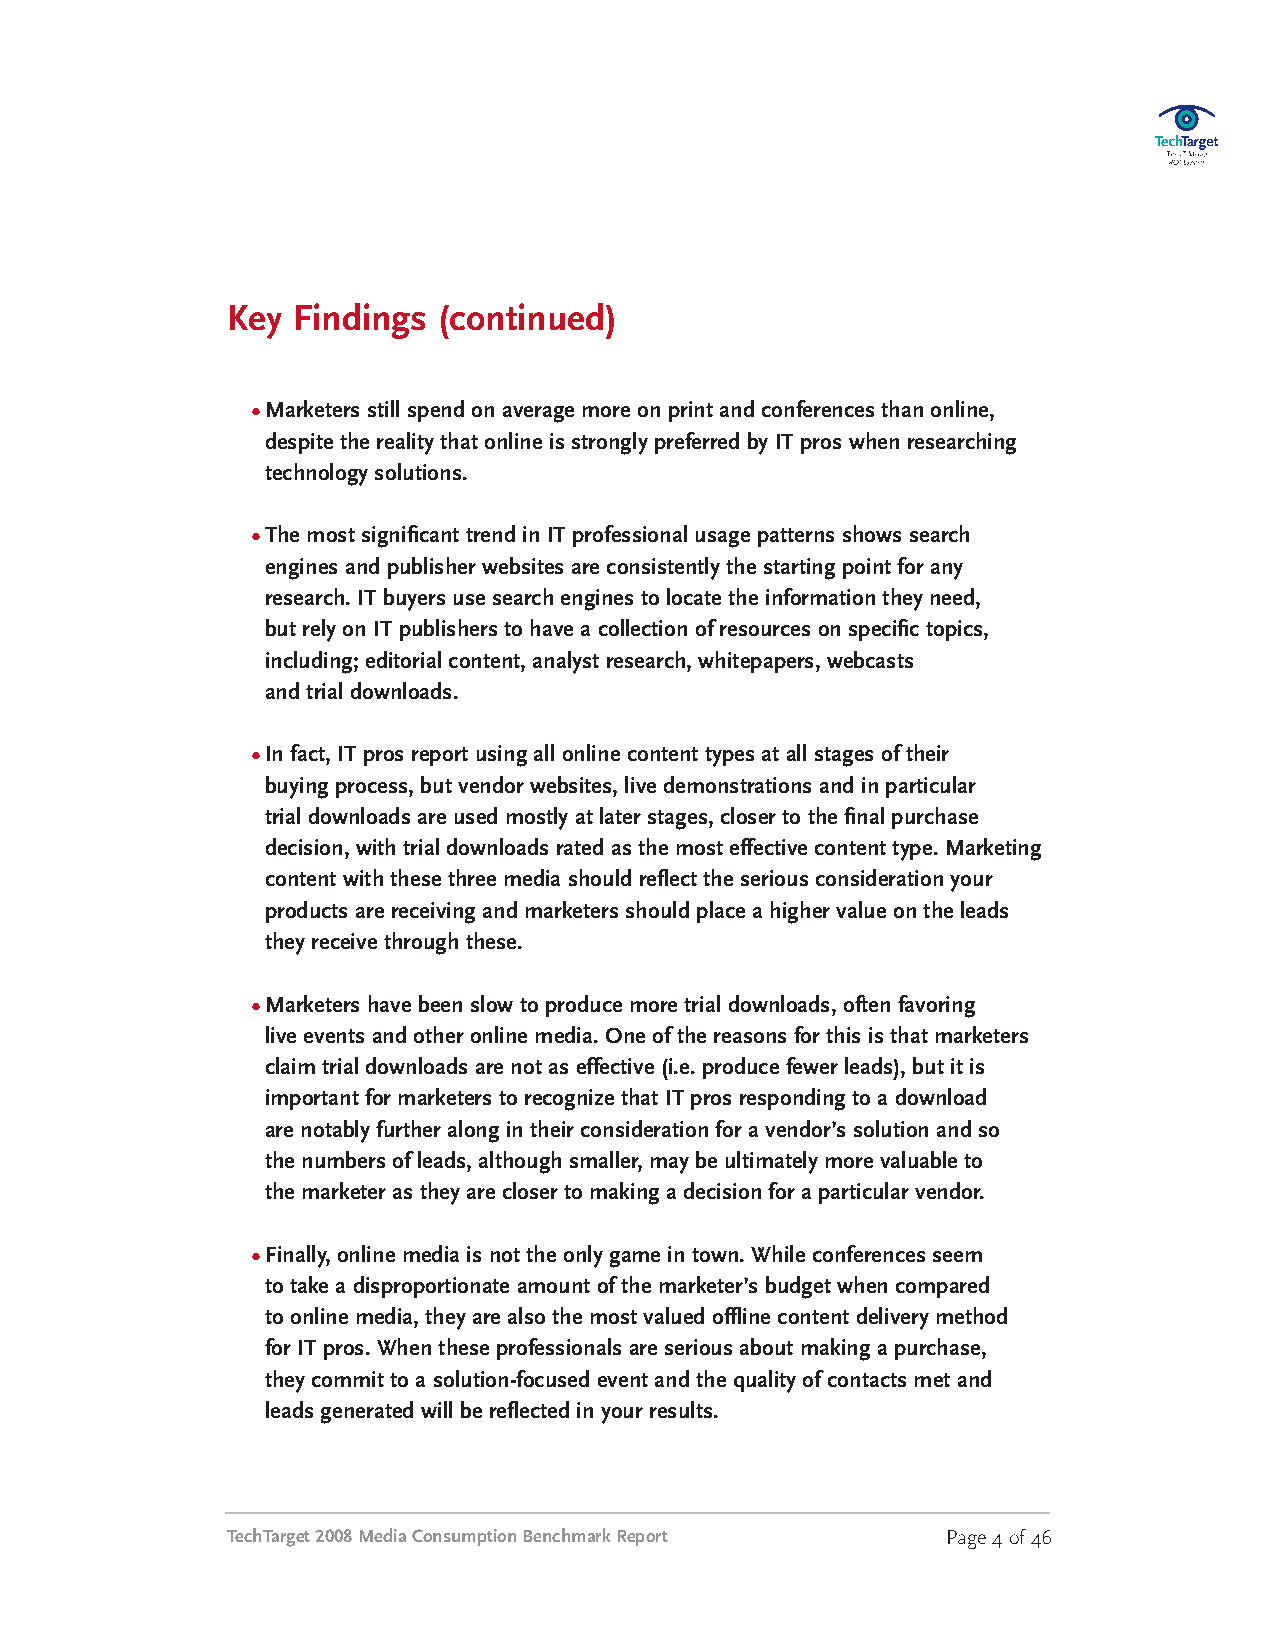
Key Findings  (continued)
 •Marketers still spend on average more on print and conferences than online,
 despite the reality that online is strongly preferred by IT pros when researching
 technology solutions.
 •The most significant trend in IT professional usage patterns shows search
 engines and publisher websites are consistently the starting point for any
 research. IT buyers use search engines to locate the information they need,
 but rely on IT publishers to have a collection of resources on specific topics,
 including; editorial content, analyst research, whitepapers, webcasts
 and trial downloads.
 •In fact, IT pros report using all online content types at all stages of their
 buying process, but vendor websites, live demonstrations and in particular
 trial downloads are used mostly at later stages, closer to the final purchase
 decision, with trial downloads rated as the most effective content type. Marketing
 content with these three media should reflect the serious consideration your
 products are receiving and marketers should place a higher value on the leads
 they receive through these.
 •Marketers have been slow to produce more trial downloads, often favoring
 live events and other online media. One of the reasons for this is that marketers
 claim trial downloads are not as effective (i.e. produce fewer leads), but it is
 important for marketers to recognize that IT pros responding to a download
 are notably further along in their consideration for a vendor’s solution and so
 the numbers of leads, although smaller, may be ultimately more valuable to
 the marketer as they are closer to making a decision for a particular vendor.
 •Finally, online media is not the only game in town. While conferences seem
 to take a disproportionate amount of the marketer’s budget when compared
 to online media, they are also the most valued offline content delivery method
 for IT pros. When these professionals are serious about making a purchase,
 they commit to a solution-focused event and the quality of contacts met and
 leads generated will be reflected in your results.
 TechTarget2008MediaConsumptionBenchmarkReport   Page4of46